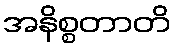
အနိစ္စတာတိ